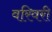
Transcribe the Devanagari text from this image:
वरिवरी